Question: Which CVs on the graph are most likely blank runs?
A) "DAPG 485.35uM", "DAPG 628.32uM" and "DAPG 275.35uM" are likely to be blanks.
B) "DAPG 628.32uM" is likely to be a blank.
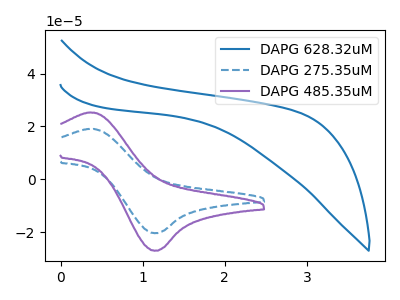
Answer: <think>The blue curve "DAPG 628.32uM" has no peaks. The blue dashed curve "DAPG 275.35uM" has an anodic peak at (0.35V, 19.05uA) and a cathodic peak at (1.15V, -20.40uA). The purple curve "DAPG 485.35uM" has an anodic peak at (0.35V, 25.25uA) and a cathodic peak at (1.15V, -27.05uA).</think>
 <answer>B) "DAPG 628.32uM" is likely to be a blank.</answer>
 <eval>B</eval>